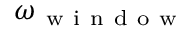
\omega _ { \mathrm { ~ w ~ i ~ n ~ d ~ o ~ w ~ } }